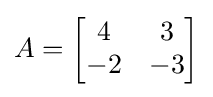
A={\begin{bmatrix}4&3\\-2&-3\end{bmatrix}}